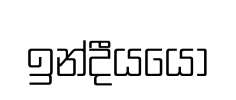
ඉන්දීයයෝ